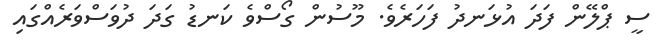
ސީ ޕްލޭން ފަދަ އުޅަނދު ފަހަރެވެ. މޫސުން ގޯސްވެ ކަނޑު ގަދަ ދުވަސްވަރެއްގައި